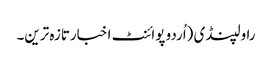
راولپنڈی (اُردو پوائنٹ اخبارتازہ ترین۔